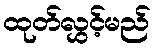
ထုတ်လွှင့်မည်